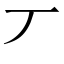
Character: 丆